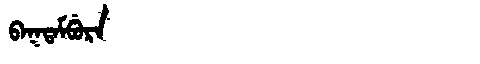
Manchu: ᠪᠠᡴᡨᠠᠮᠪᡠᡵᠠ
Romanization: BAKTAMBURA